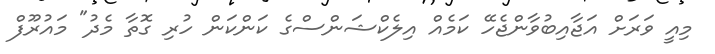
މިއީ ވަރަށް އަޖާއިބުވާންޖެހޭ ކަމެއް އިލެކްޝަންސްގެ ކަންކަން ހުރި ގޮތާ މެދު" މައުރޫފް